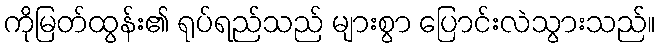
ကိုမြတ်ထွန်း၏ ရုပ်ရည်သည် များစွာ ပြောင်းလဲသွားသည်။